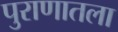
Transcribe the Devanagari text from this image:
पुराणातला